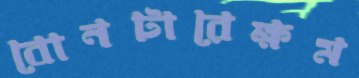
বোনটারেক্ষম